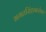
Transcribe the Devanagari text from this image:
भगतसिंहाबरोबर